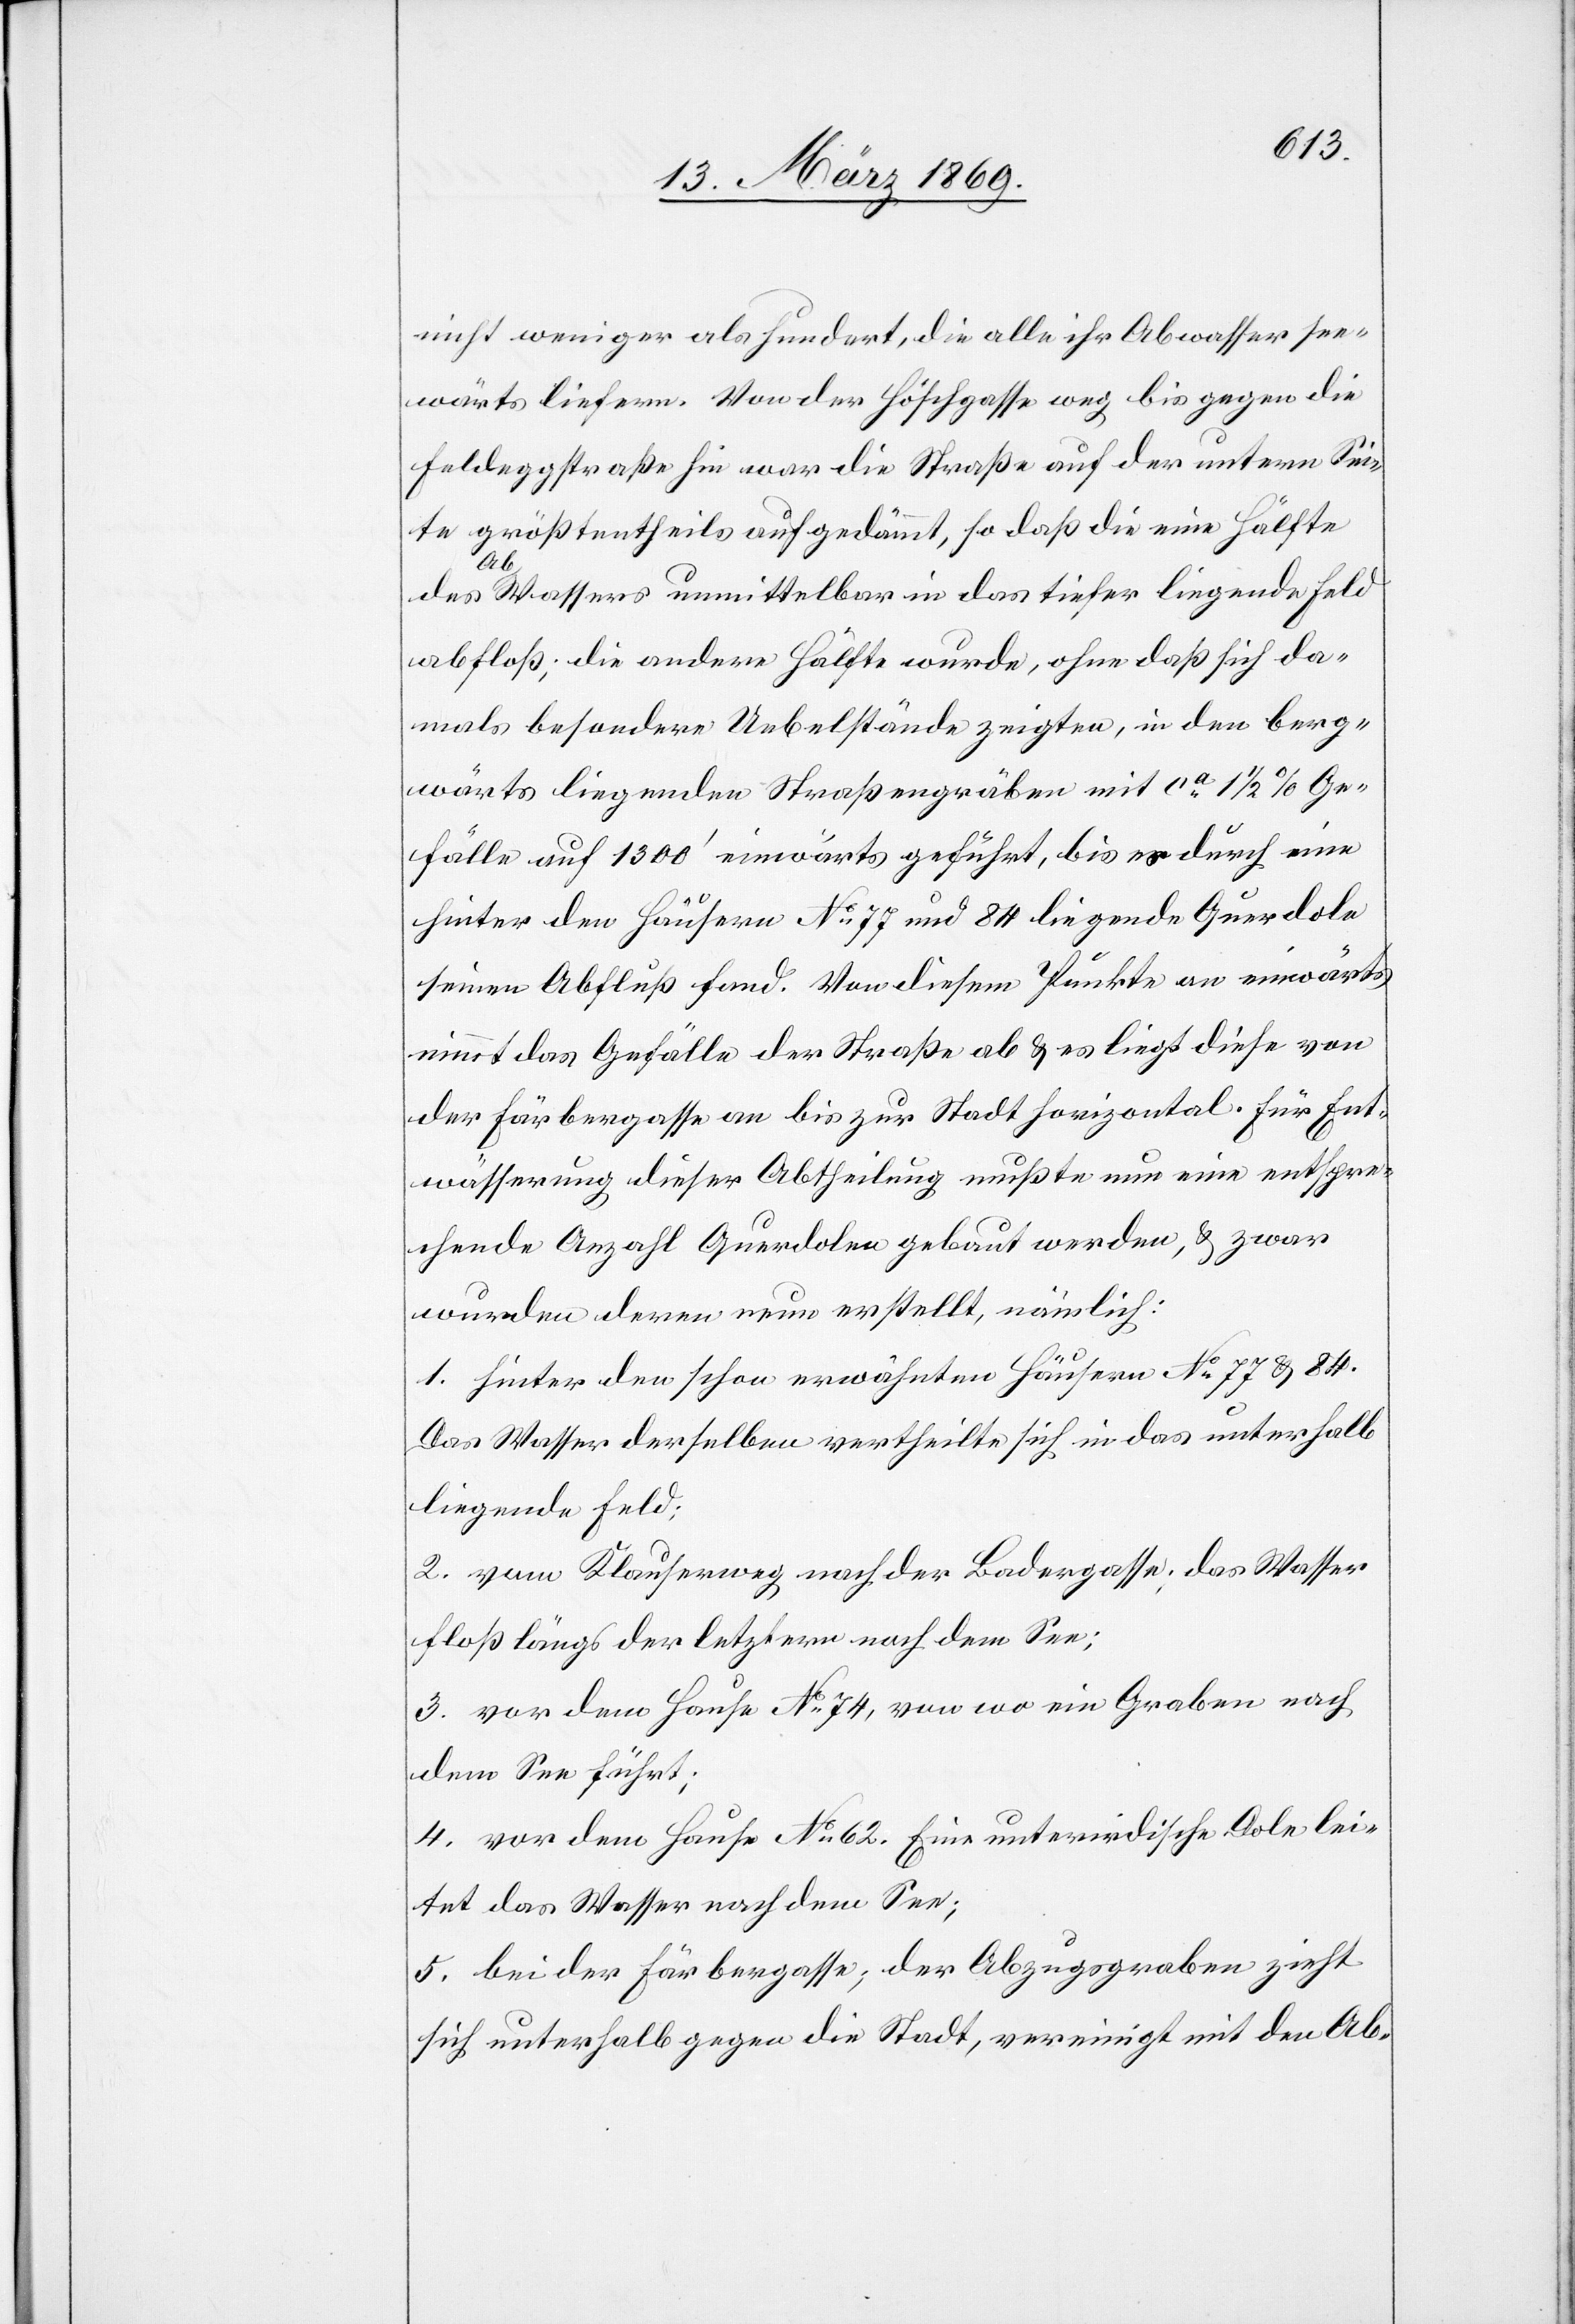
nicht weniger als hundert, die alle ihr Abwasser see¬
wärts liefern. Von der Höschgasse weg bis gegen die
Feldeggstraße hin war die Straße auf der untern Sei¬
rößtentheils aufgedämmt, so daß die eine Hälfte
te g¬
des Abwassers unmittelbar in das tiefer liegende Feld
abfloß, die andere Hälfte wurde, ohne daß sich da¬
mals besondere Uebelstände zeigten, in den berg¬
wärts liegenden Straßengräben mit ca 1 1/2% Ge¬
fälle auf 1300’ einwärts geführt, bis es durch eine
hinter den Häusern N° 77 und 84 liegende Querdole
seinen Abfluß fand. Von diesem Punkte an einwärts
nimmt das Gefälle der Straße ab & es liegt diese von
der Färbergasse an bis zur Stadt horizontal. Für Ent¬
wässerung dieser Abtheilung mußte nun eine entspre¬
chende Anzahl Querdolen gebaut werden, & zwar
wurden deren neun erstellt, nämlich:
1. Hinter den schon erwähnten Häusern N° 77 & 84.
Das Wasser derselben vertheilte sich in das unterhalb
liegende Feld;
2. vom Klauserweg nach der Bedergasse; das Wasser
floß längs der letztern nach dem See;
3. vor dem Hause N° 74, von wo ein Graben nach
dem See führt;
4. vor dem Hause N° 62. Eine unterirdische Dole lei¬
tet das Wasser nach dem See;
5. bei der Färbergasse; der Abzugsgraben zieht
sich unterhalb gegen die Stadt, vereinigt mit den Ab-